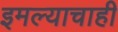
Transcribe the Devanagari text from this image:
इमल्याचाही